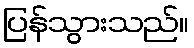
ပြန်သွားသည်။